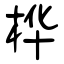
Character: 桦